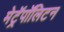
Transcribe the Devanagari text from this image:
मेट्रॅपॉलिटन